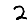
Digit: 2